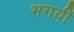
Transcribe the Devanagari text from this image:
भगवीं